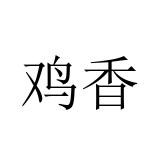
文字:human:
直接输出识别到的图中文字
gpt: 鸡香